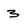
Character: 3